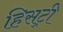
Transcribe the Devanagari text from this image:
हिसट्री